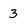
Character: 3